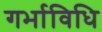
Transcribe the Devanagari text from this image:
गर्भाविधि